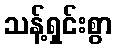
သန့်ရှင်းစွာ